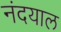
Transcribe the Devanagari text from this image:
नंदयाल